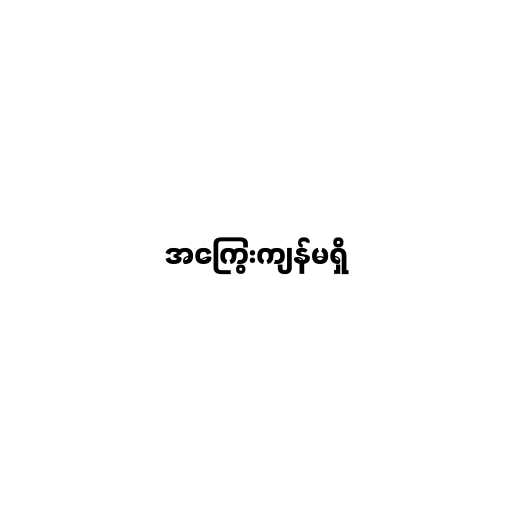
အကြွေးကျန်မရှိ